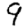
Digit: 9